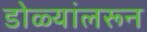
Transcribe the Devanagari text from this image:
डोळ्यांलरून